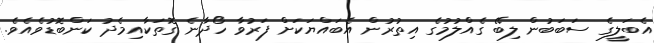
އެބަލީގެ ސަބަބުން ލިބޭ ގެއްލުމުގެ އިތުރުން އެބައްޔަކަށް ފަރުވާ ހޯދާނެ ގޮތަކާއިމެދު ކަންބޮޑުވެއެވެ.